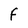
Character: F